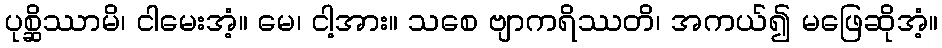
ပုစ္ဆိဿာမိ၊ ငါမေးအံ့။ မေ၊ ငါ့အား။ သစေ ဗျာကရိဿတိ၊ အကယ်၍ မဖြေဆိုအံ့။